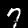
Label: 7